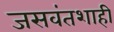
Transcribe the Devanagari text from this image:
जसवंतशाही